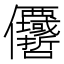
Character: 𠑵